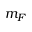
m _ { F }